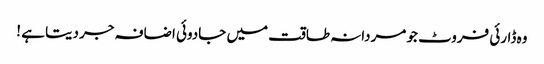
وہ ڈارئی فروٹ جو مردانہ طاقت میں جادوئی اضافہ جر دیتا ہے !